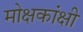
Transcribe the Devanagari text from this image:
मोक्षकांक्षी